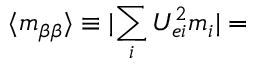
\ensuremath { \langle m _ { \beta \beta } \rangle } \equiv \lvert \sum _ { i } U _ { e i } ^ { 2 } m _ { i } \rvert =